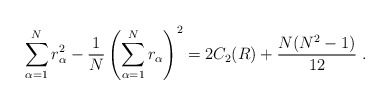
\begin{align*}\sum_{\alpha=1}^Nr_\alpha^2-\frac{1}{N}\left(\sum_{\alpha=1}^Nr_\alpha\right)^2=2 C_2(R)+\frac{N(N^2-1)}{12}\ .\end{align*}